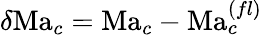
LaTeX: \delta\mathrm{Ma}_{c}=\mathrm{Ma}_{c}-\mathrm{Ma}_{c}^{(fl)}